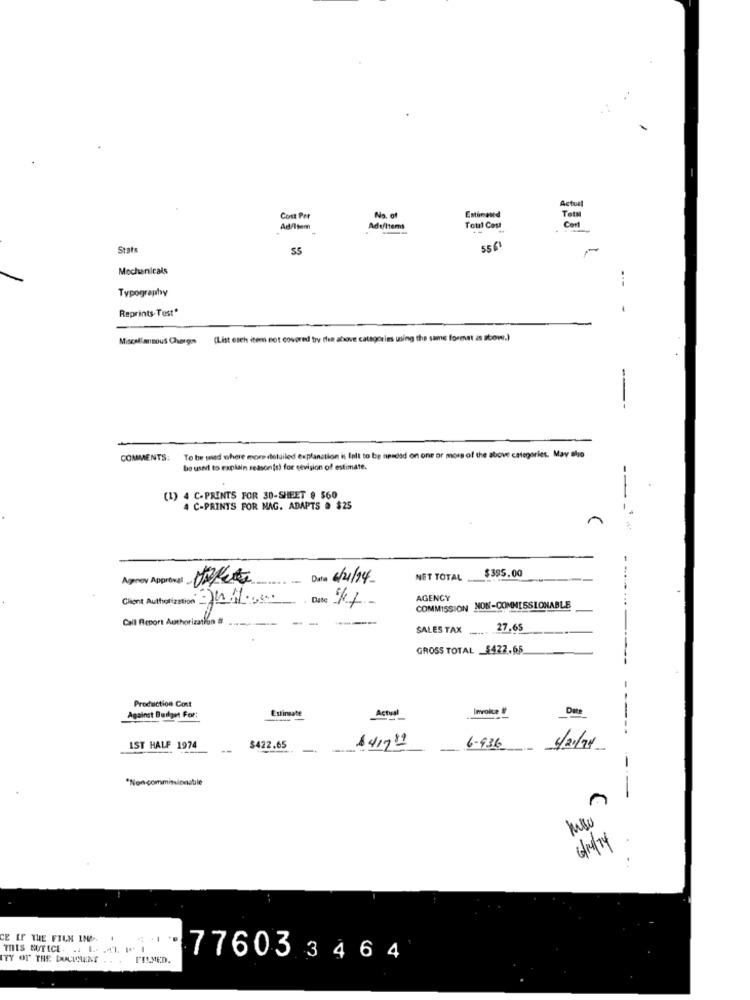
Estimaned
Actual
Cost Per
No. of
Total
Cert
Ad/Item
Adultems
Total Cost
Stats
55
55 6
Mechanicals
Typography
Reprints-Test"
-
Miscellaneous Charges
(List each item not covered by tlen above categories using the same forest as above.)
--
COMMENTS:
To be med where more detailed explanation is falt to be nesdad on one or more of the above categories. May also
be used to explain reason(s) for cevision of estimate.
(1) 4 C-PRINTS FOR 30-SHEET @ $60
--
4 C-PRINTS FOR MAG. ADAPTS . $25
$395.00
Agnoy Approval
.....
Data 6/21/94
NET TOTAL
Client Authorization Jh.1 ....
Date 17-
AGENCY
COMMISSION NON-COMMISSIONABLE
Call Report Authorization #
--
SALES TAX
27.65
GROSS TOTAL $422.65
-----
Production Cost
Estineate
Actual
Invoice #
Date
Against Budget For:
-----
IST HALF 1974
$422.65
$41789
6-936
6/21/24
"Non commissionsble
6/19/14
CE IF THE FILM IND.
THIS NOTICE. .. ... ... 11
ITY OF THE DOCUMENT .. . FILMED.
77603 3464